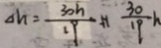
\Delta h = \frac { 3 0 h } { 1 9 } H \frac { 3 0 } { 1 9 } h